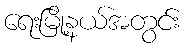
ရေးမြို့နယ်အတွင်း